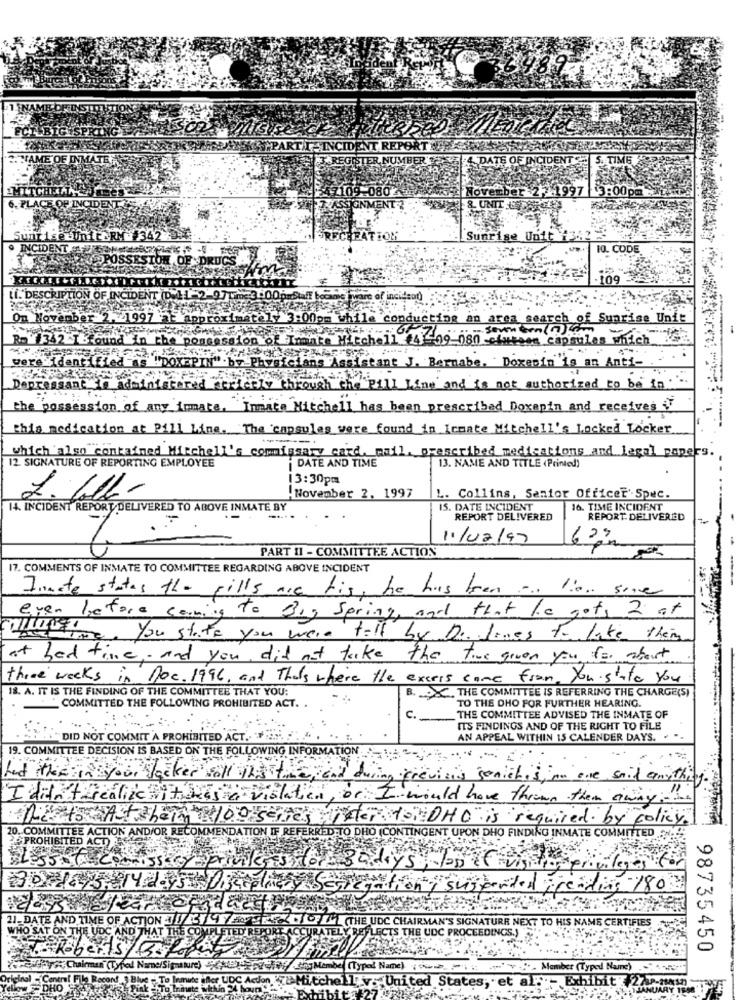
UMBER"
DATS OF INCIDENT
5. TIME
ovesber 22.1997
13:00pm
8. UNIT ESPERO
12
Sunrise Unit
INCIDEN
10. CODE
-109
How
cond
an area search of Sunrise Unft
ROY 342-1 -four
-080 -ciutaen capsulas which ?
The p
were identi
Bernabe, Doxenin"is an Anti-
Depre
and is not authorized to be in. ..
the possession of any imate.
Immate Mitchell has been prescribed Doxepin and receives
This medication at Pill Line. The capsules were found in Icante Mitchell's Locked Locker
which also contained Mitchell's commissary card. mail, prescribed medications and legal papers.
DATE AND TIME
12. SIGNATURE OF REPORTING EMPLOYEE
13. NAME AND TITLE (Printed)
13:30pm
.November 2, 1997
L. Collins, Senior Officer'Spec.
14. INCIDENT REPORT DELIVERED TO ABOVE INMATE BY
IS. DATE INCIDENT
16. TIME INCIDENT
REPORT DELIVERED
REPORT DELIVERED
11/02/97
PART II - COMMITTEE ACTION
17. COMMENTS OF INMATE TO COMMITTEE REGARDING ABOVE INCIDENT
Inmate states the pills are his, he has been a lion since
even before coming to Big Spring, and that he got 2 at
colletti You state you were till by Defines to lake them
at bed time, and you did not take the time given you for about
three weeks in Doc. 1996, and That's where the excess come from You state you
18. A. IT IS THE FINDING OF THE COMMITTEE THAT YOU:
B. X. THE COMMITTEE IS REFERRING THE CHARGE(S)
TO THE DHO FOR FURTHER HEARING.
COMMITTED THE FOLLOWING PROHIBITED ACT. .
: -
THE COMMITTEE ADVISED THE INMATE OF
ITS FINDINGS AND OF THE RIGHT TO FILE
"DID NOT COMMIT 'A PROHIBITED ACT ..
AN APPEAL WITHIN 15 CALENDER DAYS.
19. COMMITTEE DECISION IS BASED ON THE FOLLOWING INFORMATION
had the in your locker soll the fate , and
crevisis genithis, on one said anything
I didn't realize
islatien , or I would have thrown them away:
AS
Ther TOHO is required by policy.]
20.
TO DHC
PROH
PON DHO FINDING INMATE COMMITTED
sof comissser privileges stor : 35 days
privileges
pendel pending 180
1229
dachshest
J_DATE AND TIME OF ACTION // 3, 4 EUROOF LU(THE UDC CHAIRMAN'S SIGNATURE NEXT TO HIS NAME CERTIFIES
SAT ON THE UDC AND THAT THE COM
LETER' REPORTE ACCURATELY DEFLECTS THE UDC PROCEEDINGS.)
berts
98735450
hairman (Typed Namel
ature)
8-10/JaMambe (Type Name)
528. Member (Typed Naune)
Acdon Mitchell v. United States, et al." Exhibit 2/1.nas
ANUARY TELE